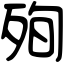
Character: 殉